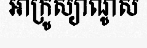
អាក្រូស្យាណូស